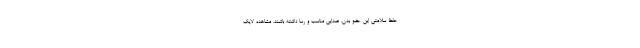
حفظ سلامتی این عضو بدن، صدایی مناسب و رسا داشته باشند. مشاهده لایک